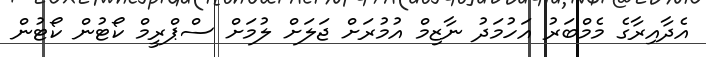
އެދާއިރާގެ މެމްބަރު އަހުމަދު ނާޒިމް އުމުރަށް ޖަލަށް ލުމަށް ސްޕްރީމް ކޯޓުން ކޯޓުން